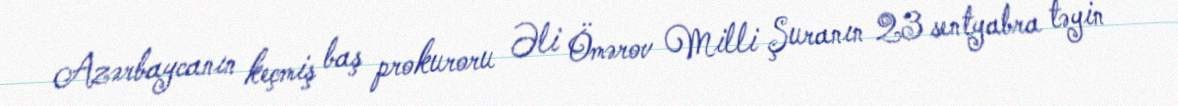
Azərbaycanın keçmiş baş prokuroru Əli Ömərov Milli Şuranın 23 sentyabra təyin